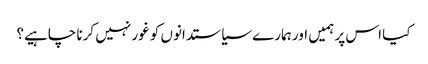
کیا اس پر ہمیں اور ہمارے سیاستدانوں کو غور نہیں کرنا چاہیے؟